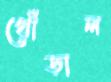
খোঁড়াল